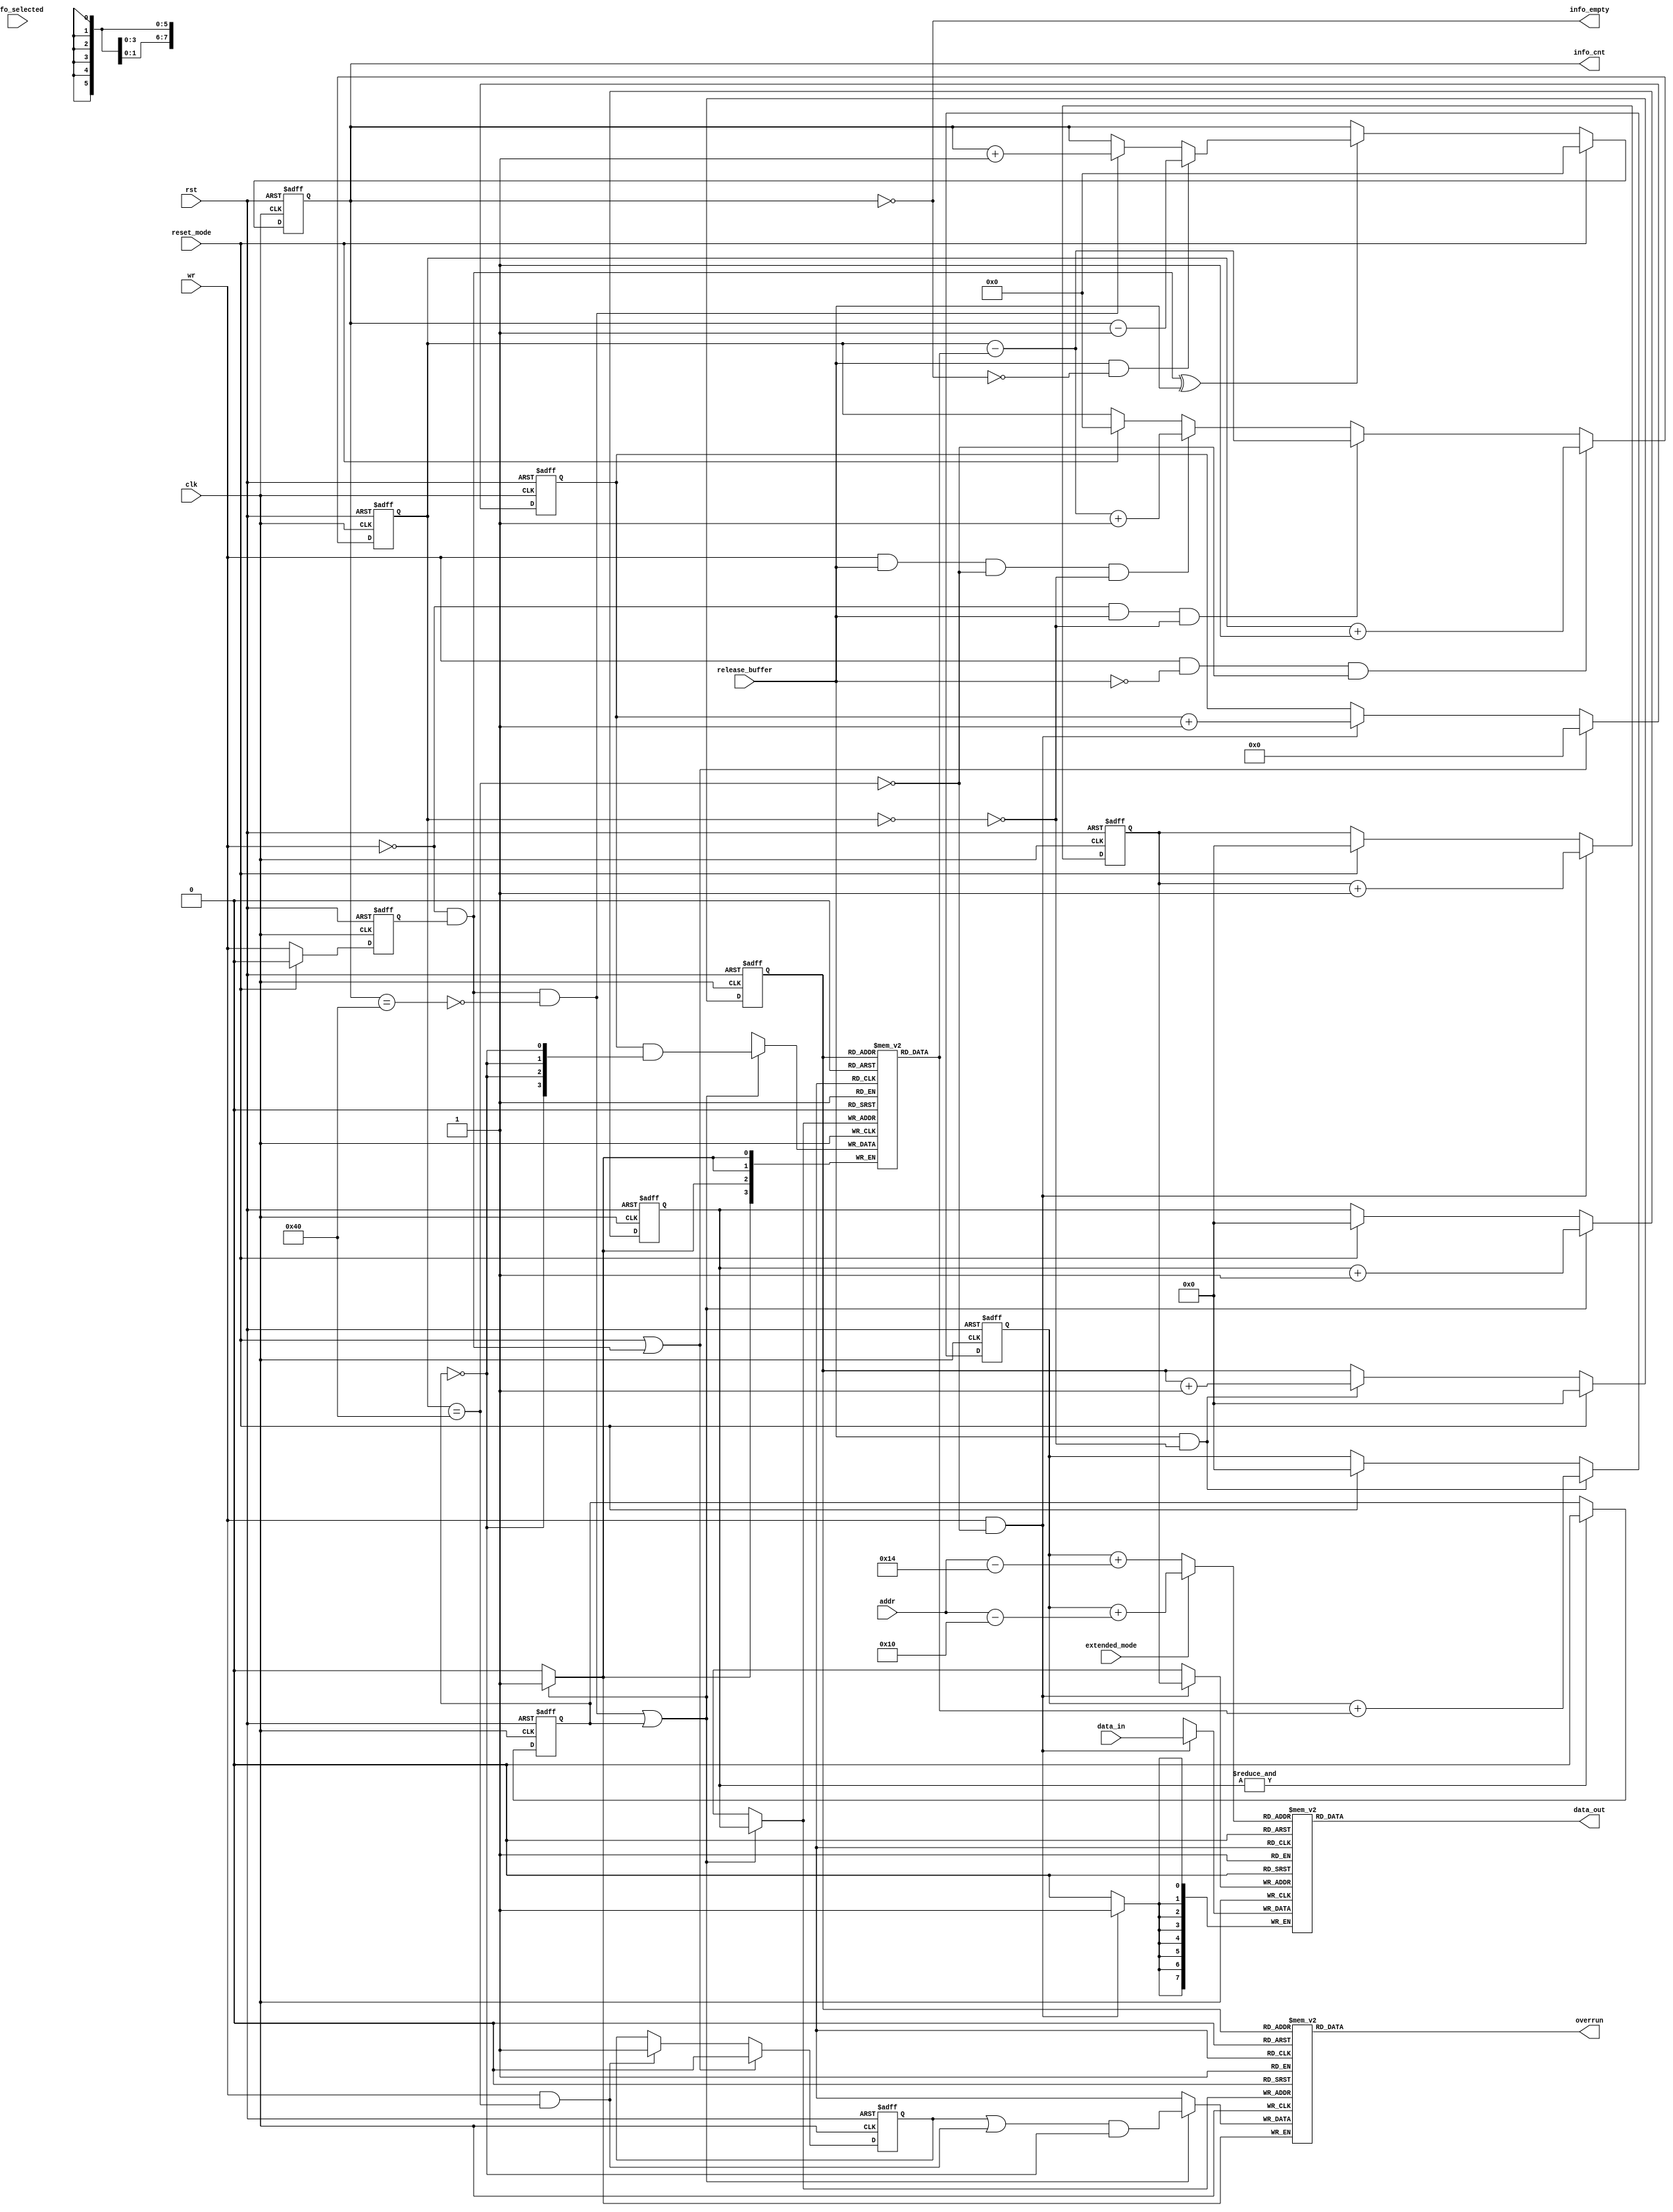
module can_fifo
( 
  clk,
  rst,

  wr,

  data_in,
  addr,
  data_out,
  fifo_selected,

  reset_mode,
  release_buffer,
  extended_mode,
  overrun,
  info_empty,
  info_cnt

`ifdef CAN_BIST
  ,
  mbist_si_i,
  mbist_so_o,
  mbist_ctrl_i
`endif
);

parameter Tp = 1;

input         clk;
input         rst;
input         wr;
input   [7:0] data_in;
input   [5:0] addr;
input         reset_mode;
input         release_buffer;
input         extended_mode;
input         fifo_selected;

output  [7:0] data_out;
output        overrun;
output        info_empty;
output  [6:0] info_cnt;

`ifdef CAN_BIST
input         mbist_si_i;
output        mbist_so_o;
input [`CAN_MBIST_CTRL_WIDTH - 1:0] mbist_ctrl_i;       // bist chain shift control
wire          mbist_s_0;
`endif

`ifdef ALTERA_RAM
`else
`ifdef ACTEL_APA_RAM
`else
`ifdef XILINX_RAM
`else
`ifdef ARTISAN_RAM
  reg           overrun_info[0:63];
`else
`ifdef VIRTUALSILICON_RAM
  reg           overrun_info[0:63];
`else
  reg     [7:0] fifo [0:63];
  reg     [3:0] length_fifo[0:63];
  reg           overrun_info[0:63];
`endif
`endif
`endif
`endif
`endif

reg     [5:0] rd_pointer;
reg     [5:0] wr_pointer;
reg     [5:0] read_address;
reg     [5:0] wr_info_pointer;
reg     [5:0] rd_info_pointer;
reg           wr_q;
reg     [3:0] len_cnt;
reg     [6:0] fifo_cnt;
reg     [6:0] info_cnt;
reg           latch_overrun;
reg           initialize_memories;

wire    [3:0] length_info;
wire          write_length_info;
wire          fifo_empty;
wire          fifo_full;
wire          info_full;

assign write_length_info = (~wr) & wr_q;

// Delayed write signal
always @ (posedge clk or posedge rst)
begin
  if (rst)
    wr_q <=#Tp 1'b0;
  else if (reset_mode)
    wr_q <=#Tp 1'b0;
  else
    wr_q <=#Tp wr;
end


// length counter
always @ (posedge clk or posedge rst)
begin
  if (rst)
    len_cnt <= 4'h0;
  else if (reset_mode | write_length_info)
    len_cnt <=#Tp 4'h0;
  else if (wr & (~fifo_full))
    len_cnt <=#Tp len_cnt + 1'b1;
end


// wr_info_pointer
always @ (posedge clk or posedge rst)
begin
  if (rst)
    wr_info_pointer <= 6'h0;
  else if (write_length_info & (~info_full) | initialize_memories)
    wr_info_pointer <=#Tp wr_info_pointer + 1'b1;
  else if (reset_mode)
    wr_info_pointer <=#Tp 6'h0;
end



// rd_info_pointer
always @ (posedge clk or posedge rst)
begin
  if (rst)
    rd_info_pointer <= 6'h0;
  else if (reset_mode)
    rd_info_pointer <=#Tp 6'h0;
  else if (release_buffer & (~fifo_empty))
    rd_info_pointer <=#Tp rd_info_pointer + 1'b1;
end


// rd_pointer
always @ (posedge clk or posedge rst)
begin
  if (rst)
    rd_pointer <= 5'h0;
  else if (release_buffer & (~fifo_empty))
    rd_pointer <=#Tp rd_pointer + {2'h0, length_info};
  else if (reset_mode)
    rd_pointer <=#Tp 5'h0;
end


// wr_pointer
always @ (posedge clk or posedge rst)
begin
  if (rst)
    wr_pointer <= 5'h0;
  else if (wr & (~fifo_full))
    wr_pointer <=#Tp wr_pointer + 1'b1;
  else if (reset_mode)
    wr_pointer <=#Tp 5'h0;
end


// latch_overrun
always @ (posedge clk or posedge rst)
begin
  if (rst)
    latch_overrun <= 1'b0;
  else if (reset_mode | write_length_info)
    latch_overrun <=#Tp 1'b0;
  else if (wr & fifo_full)
    latch_overrun <=#Tp 1'b1;
end


// Counting data in fifo
always @ (posedge clk or posedge rst)
begin
  if (rst)
    fifo_cnt <= 7'h0;
  else if (wr & (~release_buffer) & (~fifo_full))
    fifo_cnt <=#Tp fifo_cnt + 1'b1;
  else if ((~wr) & release_buffer & (~fifo_empty))
    fifo_cnt <=#Tp fifo_cnt - {3'h0, length_info};
  else if (wr & release_buffer & (~fifo_full) & (~fifo_empty))
    fifo_cnt <=#Tp fifo_cnt - {3'h0, length_info} + 1'b1;
  else if (reset_mode)
    fifo_cnt <=#Tp 7'h0;
end

assign fifo_full = fifo_cnt == 7'd64;
assign fifo_empty = fifo_cnt == 7'd0;


// Counting data in length_fifo and overrun_info fifo
always @ (posedge clk or posedge rst)
begin
  if (rst)
    info_cnt <=#Tp 7'h0;
  else if (reset_mode)
    info_cnt <=#Tp 7'h0;
  else if (write_length_info ^ release_buffer)
    begin
      if (release_buffer & (~info_empty))
        info_cnt <=#Tp info_cnt - 1'b1;
      else if (write_length_info & (~info_full))
        info_cnt <=#Tp info_cnt + 1'b1;
    end
end
        
assign info_full = info_cnt == 7'd64;
assign info_empty = info_cnt == 7'd0;


// Selecting which address will be used for reading data from rx fifo
always @ (extended_mode or rd_pointer or addr)
begin
  if (extended_mode)      // extended mode
    read_address = rd_pointer + (addr - 6'd16);
  else                    // normal mode
    read_address = rd_pointer + (addr - 6'd20);
end


always @ (posedge clk or posedge rst)
begin
  if (rst)
    initialize_memories <= 1'b1;
  else if (&wr_info_pointer)
    initialize_memories <=#Tp 1'b0;
end


`ifdef ALTERA_RAM
//  altera_ram_64x8_sync fifo
  lpm_ram_dp fifo
  (
    .q         (data_out),
    .rdclock   (clk),
    .wrclock   (clk),
    .data      (data_in),
    .wren      (wr & (~fifo_full)),
    .rden      (fifo_selected),
    .wraddress (wr_pointer),
    .rdaddress (read_address)
  );
  defparam fifo.lpm_width = 8;
  defparam fifo.lpm_widthad = 6;
  defparam fifo.lpm_numwords = 64;


//  altera_ram_64x4_sync info_fifo
  lpm_ram_dp info_fifo
  (
    .q         (length_info),
    .rdclock   (clk),
    .wrclock   (clk),
    .data      (len_cnt & {4{~initialize_memories}}),
    .wren      (write_length_info & (~info_full) | initialize_memories),
    .wraddress (wr_info_pointer),
    .rdaddress (rd_info_pointer)
  );
  defparam info_fifo.lpm_width = 4;
  defparam info_fifo.lpm_widthad = 6;
  defparam info_fifo.lpm_numwords = 64;


//  altera_ram_64x1_sync overrun_fifo
  lpm_ram_dp overrun_fifo
  (
    .q         (overrun),
    .rdclock   (clk),
    .wrclock   (clk),
    .data      ((latch_overrun | (wr & fifo_full)) & (~initialize_memories)),
    .wren      (write_length_info & (~info_full) | initialize_memories),
    .wraddress (wr_info_pointer),
    .rdaddress (rd_info_pointer)
  );
  defparam overrun_fifo.lpm_width = 1;
  defparam overrun_fifo.lpm_widthad = 6;
  defparam overrun_fifo.lpm_numwords = 64;

`else
`ifdef ACTEL_APA_RAM
  actel_ram_64x8_sync fifo
  (
    .DO      (data_out),
    .RCLOCK  (clk),
    .WCLOCK  (clk),
    .DI      (data_in),
    .PO      (),                       // parity not used
    .WRB     (~(wr & (~fifo_full))),
    .RDB     (~fifo_selected),
    .WADDR   (wr_pointer),
    .RADDR   (read_address)
  );


  actel_ram_64x4_sync info_fifo
  (
    .DO      (length_info),
    .RCLOCK  (clk),
    .WCLOCK  (clk),
    .DI      (len_cnt & {4{~initialize_memories}}),
    .PO      (),                       // parity not used
    .WRB     (~(write_length_info & (~info_full) | initialize_memories)),
    .RDB     (1'b0),                   // always enabled
    .WADDR   (wr_info_pointer),
    .RADDR   (rd_info_pointer)
  );


  actel_ram_64x1_sync overrun_fifo
  (
    .DO      (overrun),
    .RCLOCK  (clk),
    .WCLOCK  (clk),
    .DI      ((latch_overrun | (wr & fifo_full)) & (~initialize_memories)),
    .PO      (),                       // parity not used
    .WRB     (~(write_length_info & (~info_full) | initialize_memories)),
    .RDB     (1'b0),                   // always enabled
    .WADDR   (wr_info_pointer),
    .RADDR   (rd_info_pointer)
  );
`else
`ifdef XILINX_RAM

  RAMB4_S8_S8 fifo
  (
    .DOA(),
    .DOB(data_out),
    .ADDRA({3'h0, wr_pointer}),
    .CLKA(clk),
    .DIA(data_in),
    .ENA(1'b1),
    .RSTA(1'b0),
    .WEA(wr & (~fifo_full)),
    .ADDRB({3'h0, read_address}),
    .CLKB(clk),
    .DIB(8'h0),
    .ENB(1'b1),
    .RSTB(1'b0),
    .WEB(1'b0)
  );


  RAMB4_S4_S4 info_fifo
  (
    .DOA(),
    .DOB(length_info),
    .ADDRA({4'h0, wr_info_pointer}),
    .CLKA(clk),
    .DIA(len_cnt & {4{~initialize_memories}}),
    .ENA(1'b1),
    .RSTA(1'b0),
    .WEA(write_length_info & (~info_full) | initialize_memories),
    .ADDRB({4'h0, rd_info_pointer}),
    .CLKB(clk),
    .DIB(4'h0),
    .ENB(1'b1),
    .RSTB(1'b0),
    .WEB(1'b0)
  );


  RAMB4_S1_S1 overrun_fifo
  (
    .DOA(),
    .DOB(overrun),
    .ADDRA({6'h0, wr_info_pointer}),
    .CLKA(clk),
    .DIA((latch_overrun | (wr & fifo_full)) & (~initialize_memories)),
    .ENA(1'b1),
    .RSTA(1'b0),
    .WEA(write_length_info & (~info_full) | initialize_memories),
    .ADDRB({6'h0, rd_info_pointer}),
    .CLKB(clk),
    .DIB(1'h0),
    .ENB(1'b1),
    .RSTB(1'b0),
    .WEB(1'b0)
  );


`else
`ifdef VIRTUALSILICON_RAM

`ifdef CAN_BIST
    vs_hdtp_64x8_bist fifo
`else
    vs_hdtp_64x8 fifo
`endif
    (
        .RCK        (clk),
        .WCK        (clk),
        .RADR       (read_address),
        .WADR       (wr_pointer),
        .DI         (data_in),
        .DOUT       (data_out),
        .REN        (~fifo_selected),
        .WEN        (~(wr & (~fifo_full)))
    `ifdef CAN_BIST
        ,
        // debug chain signals
        .mbist_si_i   (mbist_si_i),
        .mbist_so_o   (mbist_s_0),
        .mbist_ctrl_i   (mbist_ctrl_i)
    `endif
    );

`ifdef CAN_BIST
    vs_hdtp_64x4_bist info_fifo
`else
    vs_hdtp_64x4 info_fifo
`endif
    (
        .RCK        (clk),
        .WCK        (clk),
        .RADR       (rd_info_pointer),
        .WADR       (wr_info_pointer),
        .DI         (len_cnt & {4{~initialize_memories}}),
        .DOUT       (length_info),
        .REN        (1'b0),
        .WEN        (~(write_length_info & (~info_full) | initialize_memories))
    `ifdef CAN_BIST
        ,
        // debug chain signals
        .mbist_si_i   (mbist_s_0),
        .mbist_so_o   (mbist_so_o),
        .mbist_ctrl_i   (mbist_ctrl_i)
    `endif
    );

    // overrun_info
    always @ (posedge clk)
    begin
      if (write_length_info & (~info_full) | initialize_memories)
        overrun_info[wr_info_pointer] <=#Tp (latch_overrun | (wr & fifo_full)) & (~initialize_memories);
    end
    
    
    // reading overrun
    assign overrun = overrun_info[rd_info_pointer];

`else
`ifdef ARTISAN_RAM

`ifdef CAN_BIST
    art_hstp_64x8_bist fifo
    (
        .CLKR       (clk),
        .CLKW       (clk),
        .AR         (read_address),
        .AW         (wr_pointer),
        .D          (data_in),
        .Q          (data_out),
        .REN        (~fifo_selected),
        .WEN        (~(wr & (~fifo_full))),
        .mbist_si_i   (mbist_si_i),
        .mbist_so_o   (mbist_s_0),
        .mbist_ctrl_i   (mbist_ctrl_i)
    );
    art_hstp_64x4_bist info_fifo
    (
        .CLKR       (clk),
        .CLKW       (clk),
        .AR         (rd_info_pointer),
        .AW         (wr_info_pointer),
        .D          (len_cnt & {4{~initialize_memories}}),
        .Q          (length_info),
        .REN        (1'b0),
        .WEN        (~(write_length_info & (~info_full) | initialize_memories)),
        .mbist_si_i   (mbist_s_0),
        .mbist_so_o   (mbist_so_o),
        .mbist_ctrl_i   (mbist_ctrl_i)
    );
`else
    art_hsdp_64x8 fifo
    (
        .CENA       (1'b0),
        .CENB       (1'b0),
        .CLKA       (clk),
        .CLKB       (clk),
        .AA         (read_address),
        .AB         (wr_pointer),
        .DA         (8'h00),
        .DB         (data_in),
        .QA         (data_out),
        .QB         (),
        .OENA       (~fifo_selected),
        .OENB       (1'b1),
        .WENA       (1'b1),
        .WENB       (~(wr & (~fifo_full)))
    );
    art_hsdp_64x4 info_fifo
    (
        .CENA       (1'b0),
        .CENB       (1'b0),
        .CLKA       (clk),
        .CLKB       (clk),
        .AA         (rd_info_pointer),
        .AB         (wr_info_pointer),
        .DA         (4'h0),
        .DB         (len_cnt & {4{~initialize_memories}}),
        .QA         (length_info),
        .QB         (),
        .OENA       (1'b0),
        .OENB       (1'b1),
        .WENA       (1'b1),
        .WENB       (~(write_length_info & (~info_full) | initialize_memories))
    );
`endif

    // overrun_info
    always @ (posedge clk)
    begin
      if (write_length_info & (~info_full) | initialize_memories)
        overrun_info[wr_info_pointer] <=#Tp (latch_overrun | (wr & fifo_full)) & (~initialize_memories);
    end
    
    
    // reading overrun
    assign overrun = overrun_info[rd_info_pointer];

`else
  // writing data to fifo
  always @ (posedge clk)
  begin
    if (wr & (~fifo_full))
      fifo[wr_pointer] <=#Tp data_in;
  end

  // reading from fifo
  assign data_out = fifo[read_address];


  // writing length_fifo
  always @ (posedge clk)
  begin
    if (write_length_info & (~info_full) | initialize_memories)
      length_fifo[wr_info_pointer] <=#Tp len_cnt & {4{~initialize_memories}};
  end


  // reading length_fifo
  assign length_info = length_fifo[rd_info_pointer];

  // overrun_info
  always @ (posedge clk)
  begin
    if (write_length_info & (~info_full) | initialize_memories)
      overrun_info[wr_info_pointer] <=#Tp (latch_overrun | (wr & fifo_full)) & (~initialize_memories);
  end
  
  
  // reading overrun
  assign overrun = overrun_info[rd_info_pointer];


`endif
`endif
`endif
`endif
`endif





endmodule